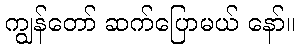
ကျွန်တော် ဆက်ပြောမယ် နော်။